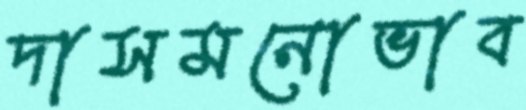
দাসমনোভাব